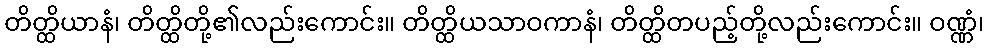
တိတ္ထိယာနံ၊ တိတ္ထိတို့၏လည်းကောင်း။ တိတ္ထိယသာဝကာနံ၊ တိတ္ထိတပည့်တို့လည်းကောင်း။ ဝဏ္ဏံ၊